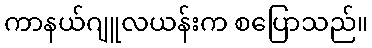
ကာနယ်ဂျူလယန်းက စပြောသည်။